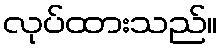
လုပ်ထားသည်။